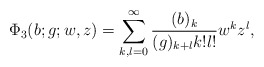
\begin{align*}\Phi _3(b;g;w,z)=\sum_{k,l=0}^{\infty}\frac{(b)_k}{(g)_{k+l}k!l!}w^kz^l,\end{align*}